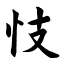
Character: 忮